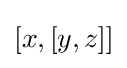
[x,[y,z]]